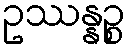
ဥဿန္နဉ္စ